Dysentery and liver abscess in Bombay - Number 47
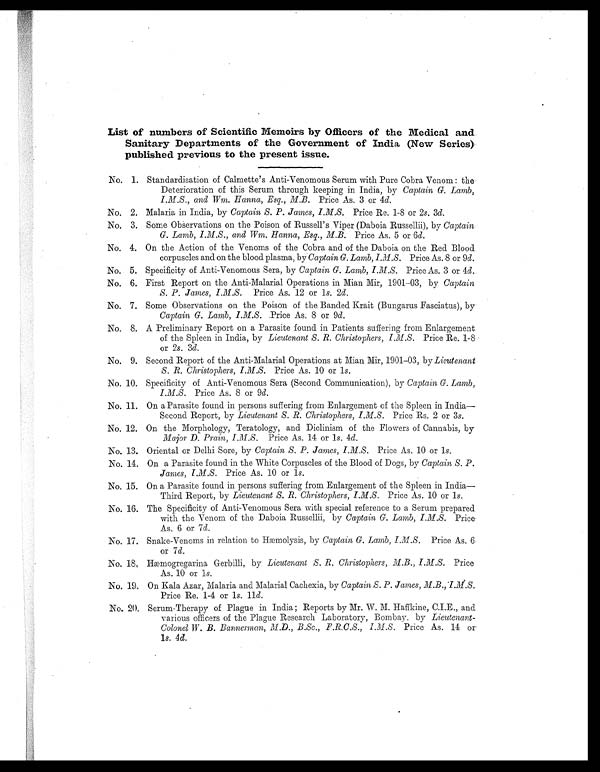
List of numbers of Scientific Memoirs by Officers of the Medical and
S a n i t a r y D e p a r t m e n t s o f t h e G o v e r n m e n t o f I n d i a ( N e w S e r i e s )
published previous to the present issue.
N No. 1. Standardisation of Calmette's Anti-Venomous Serum with Pure Cobra Venom : the
Deterioration of this Serum through keeping in India, by Captain G. Lamb,
I.M.S., and Wm. Hanna, Esq.., M.B . Price As. 3 or 4d.
No. 2. Malaria in India, by Captain S. P. James, I.M.S. Price Re. 1-8 or 2s. 3d.
No. 3. Some Observations on the Poison of Russell's Viper (Daboia Russellii), by Captai n
G. Lamb, I.M.S., and Wm. Hanna, Esq., M.B . Price As. 5 or 6 d.
No. 4. On the Action of the Venoms of the Cobra and of the Daboia on the Red Blood
corpuscles and on the blood plasma, by Captain G. Lamb, I.M .S Pr i ce As. 8 or 9d.
No. 5. Specificity of Anti-Venomous Sera, by Captain G. Lamb, I.M.S. Price As. 3 or 4d.
No. 6. First Report on the Anti-Malarial Operations in Mian Mir, 1901-03, by Captain
S. P. James, I.M.S. Price As. 12 or is. 2d.
No. 7. Some Observations on the Poison of the Banded Krait (Bungarus Fasciatus), by
Captain G. Lamb, I.M.S. Price As. 8 or 9d.
No. 8. A Preliminary Report on a Parasite found in Patients suffering from Enlargement
of the Spleen in India, by Lieutenant S. R. Christophers, I.M.S. Price Re. 1-8
or 2s. 3d.
No. 9. Second Report of the Anti-Malarial Operations at Mian Mir, 1901-03, by Lieutenant
S. R. Christophers, I.M.S. Price As. 10 or is.
No. 10. Specificity of Anti-Venomous Sera (Second Communication), by Captain G. Lamb,
I.M.S. Price As. 8 or 9d.
No. 11. On a Parasite found in persons suffering from Enlargement of the Spleen in India-
Second Report, by Lieutenant S. R. Christophers, I.M.S. Price Rs. 2 or 3 s.
No. 12. On the Morphology, Teratology, and Diclinism of the Flowers of Cannabis, by
Major D. Prain, I.M.S. Price As. 14 or 1s. 4d.
No. 13. Oriental or Delhi Sore, by Captain S. P. James, I.M.S . Price As. 10 or 1 s.
No. 14. On a Parasite found in the White Corpuscles of the Blood of Dogs, by Captain S. P.
James, I.M.S. Price As. 10 or 1s.
No. 15. On a Parasite found in persons suffering from Enlargement of the Spleen in India-
Third Report, by Lieutenant S. R.Christophers, I.M.S . Price As. 10 or 1s.
No. 16. The Specificity of Anti-Venomous Sera with special reference to a Serum prepared
with the Venom of the Daboia Russellii, by Captain G. Lamb, I.M.S. Price
As. 6 or 7d .
No. 17. Snake-Venoms in relation to Hæmolysis, by Captai n G. Lamb, I.M.S. Price As. 6
or 7d.
No. 18. Hæmogregarina Gerbilli, by Lieutenant S. R. Christophers, M.B., I.M.S. Price
As. 10 or 1s.
No. 19. On Kala Azar, Malaria and Malarial Cachexia, by Captain S. P. James, M.B.,I.M.S .
Price Re. 1-4 or 1s. 11d .
No. 20. Serum-Therapy of Plague in India ; Reports by Mr. W. M. Haffkine, C.I.E., and
various officers of the Plague Research Laboratory, Bombay. by Lieutenant-
Colonel W. B. Bannerman, M.D., B.Sc., F.R,C.S., I.M.S . Price As. 14 or
1 s . 4
d .